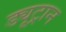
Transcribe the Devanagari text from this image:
ड्यूट्रान